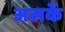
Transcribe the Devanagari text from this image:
अलकें